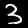
Label: 3